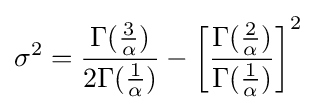
\sigma ^{2}={\frac {\Gamma ({\frac {3}{\alpha }})}{2\Gamma ({\frac {1}{\alpha }})}}-\left[{\frac {\Gamma ({\frac {2}{\alpha }})}{\Gamma ({\frac {1}{\alpha }})}}\right]^{2}